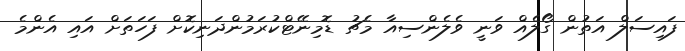
ފައިސަލް އަތުން ގޯލެއް ވަނީ ވެލެންސިއާ މެޗު ޑޮމިނޭޓްކުރަމުންދަނިކޮށް ފަހަތަށް އައި އެންމެ